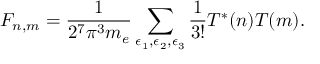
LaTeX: F _ { n , m } = \frac { 1 } { 2 ^ { 7 } \pi ^ { 3 } m _ { e } } \sum _ { \epsilon _ { 1 } , \epsilon _ { 2 } , \epsilon _ { 3 } } \frac { 1 } { 3 ! } T ^ { * } ( n ) T ( m ) .